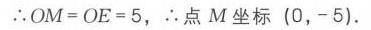
\(\therefore OM = OE = 5,\ \therefore\)点\(M\)坐标\((0, - 5)\).